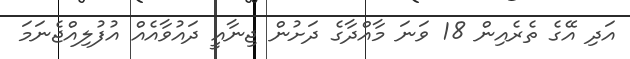
އަދި އޭގެ ތެރެއިން 18 ވަނަ މާއްދާގެ ދަށުން ޖިނާއީ ދައުވާއެއް އުފުލިއްޖެނަމަ